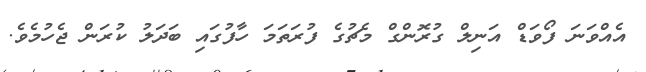
އެއްވަނަ ފޯވަޑް އަނިލް ގުރޮންގް މެޗުގެ ފުރަތަމަ ހާފުގައި ބަދަލު ކުރަން ޖެހުމެވެ.